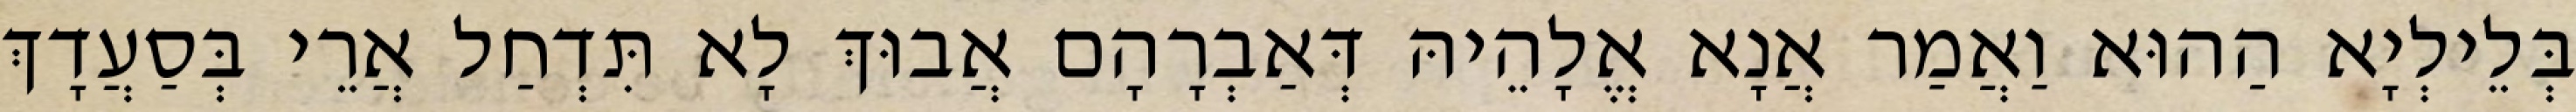
בְּלֵילְיָא הַהוּא וַאֲמַר אֲנָא אֱלָהֵיהּ דְּאַבְרָהָם אֲבוּךְ לָא תִּדְחַל אֲרֵי בְּסַעֲדָךְ